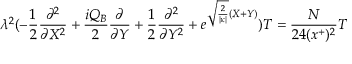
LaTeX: \lambda ^ { 2 } ( - \frac { 1 } { 2 } \frac { \partial ^ { 2 } } { \partial X ^ { 2 } } + \frac { i Q _ { B } } { 2 } \frac { \partial } { \partial Y } + \frac { 1 } { 2 } \frac { \partial ^ { 2 } } { \partial Y ^ { 2 } } + e ^ { \sqrt { \frac { 2 } { | \kappa | } } ( X + Y ) } ) { \cal T } = \frac { N } { 2 4 ( x ^ { + } ) ^ { 2 } } { \cal T }